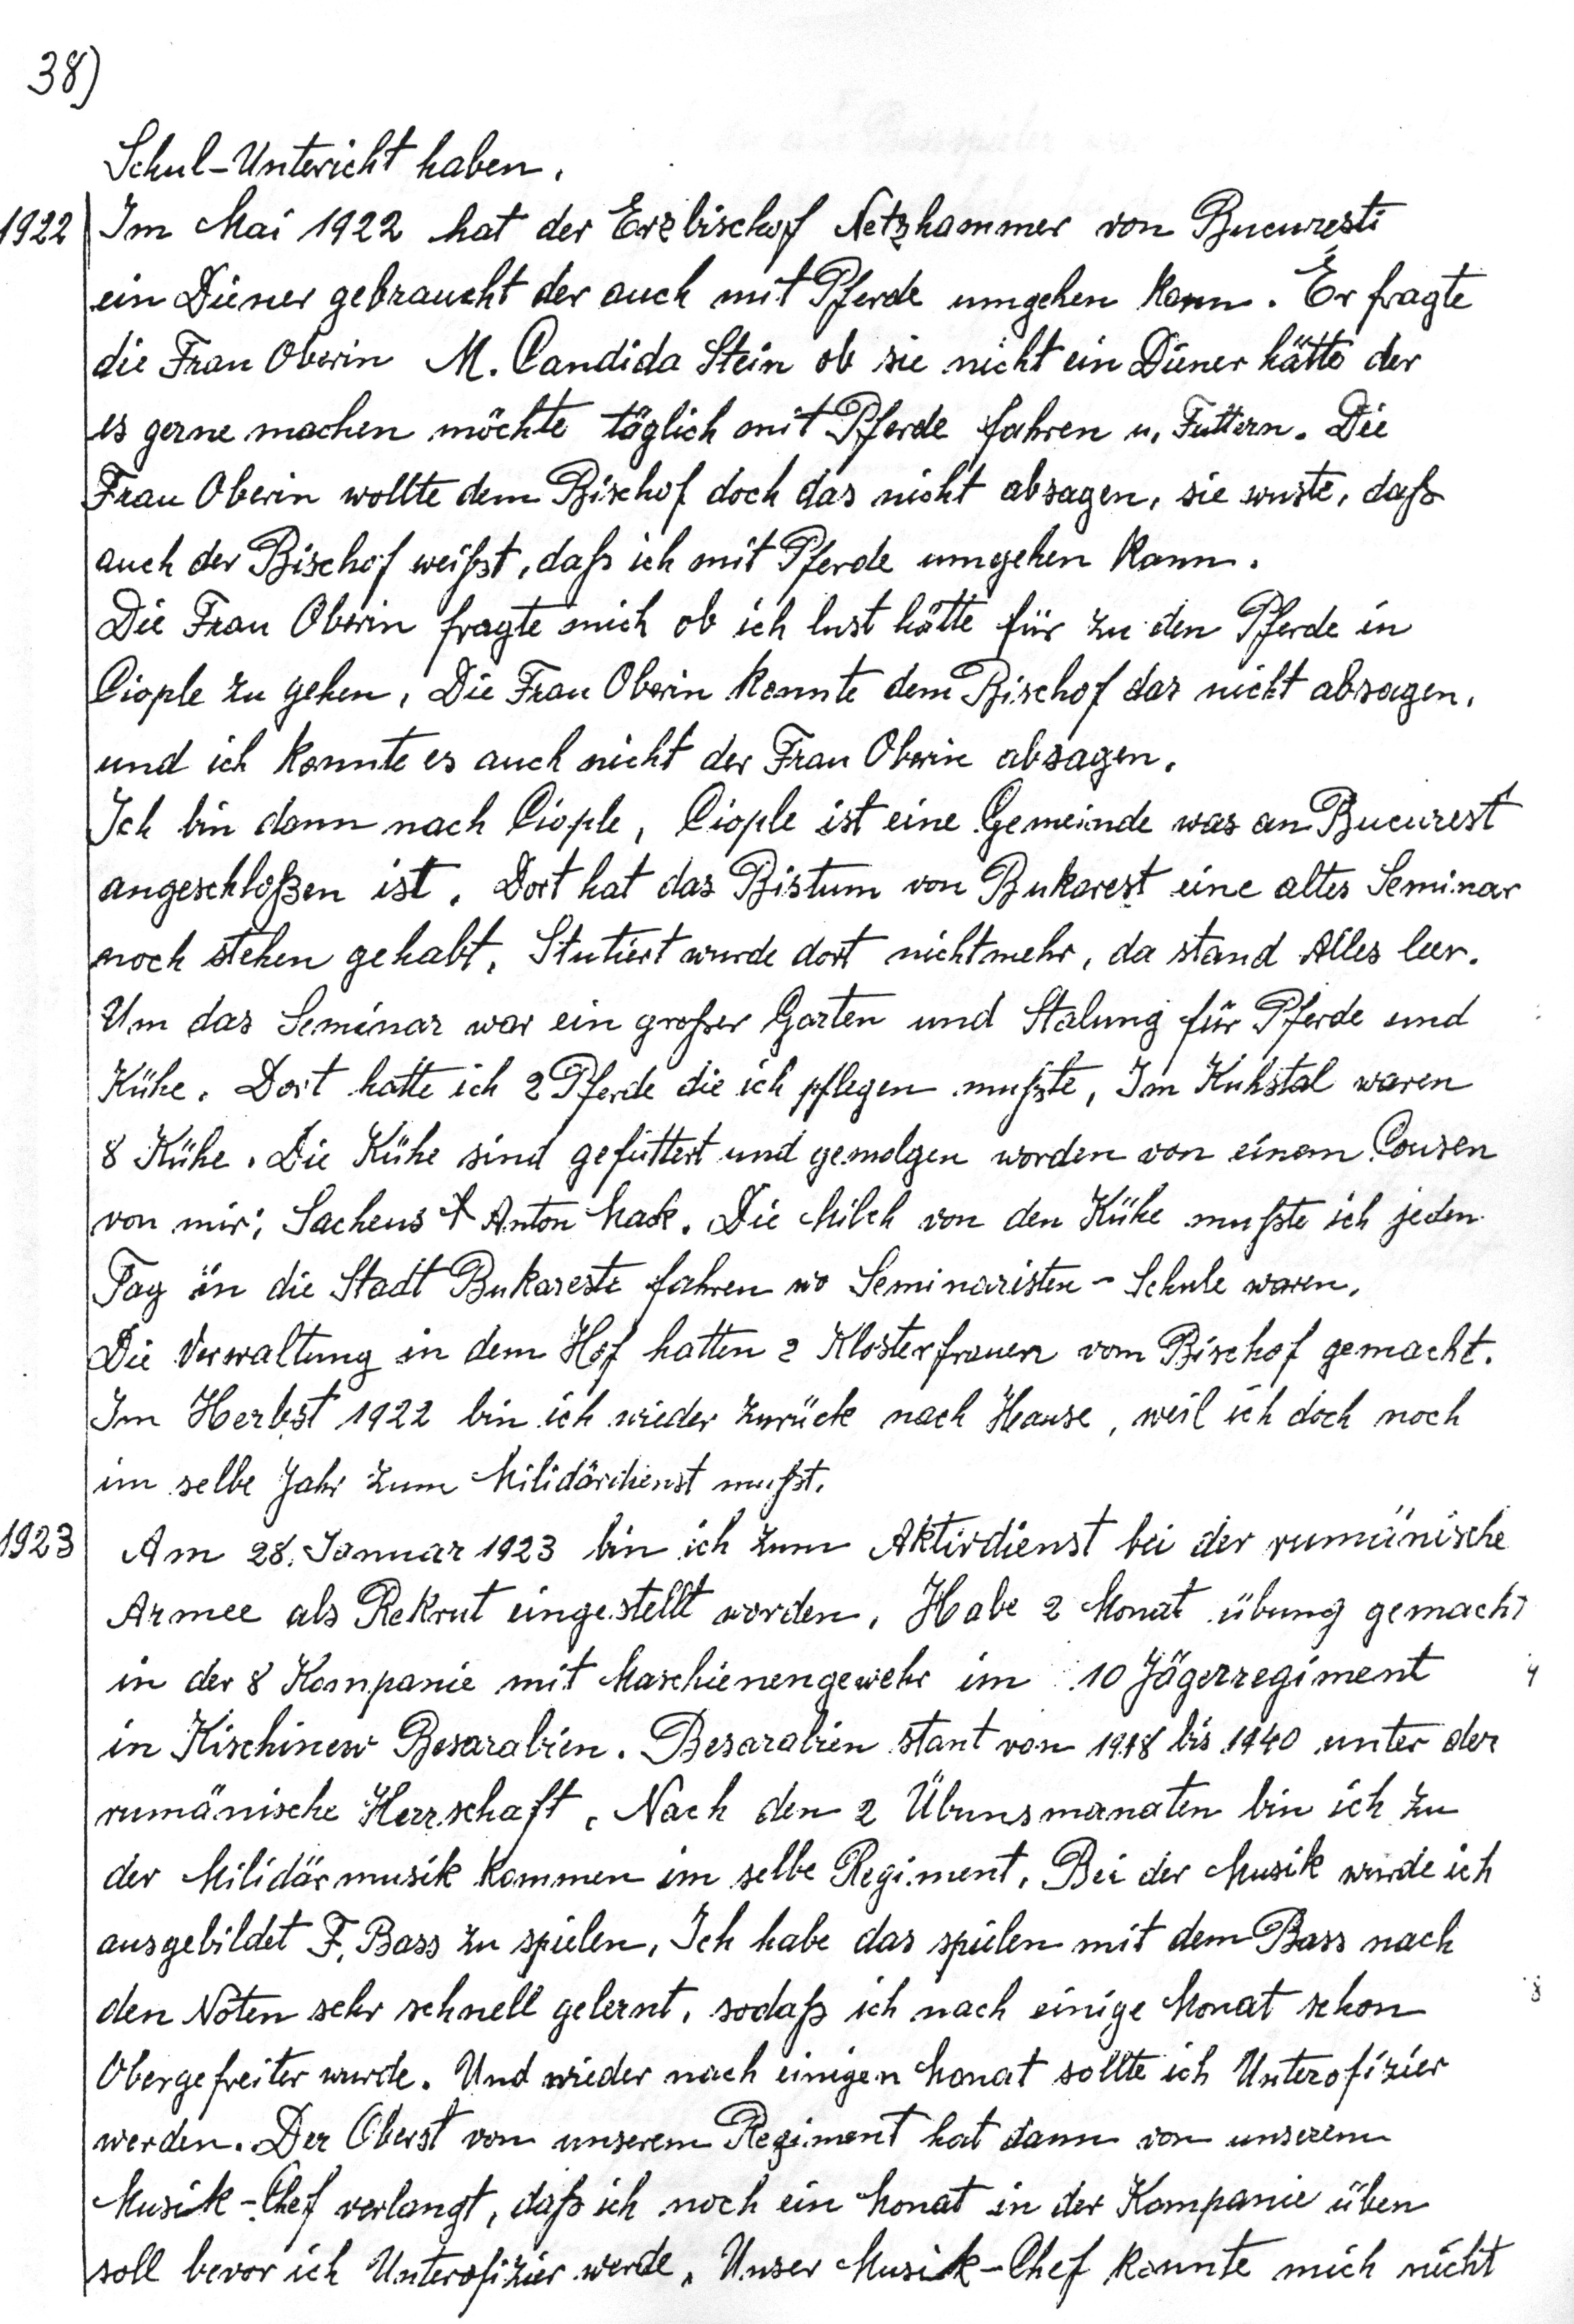
38
1958

Schul-Untericht haben.
Im Mai 1922 hat der Erzbischof Netzhammer von Bucuresti
ein Diener gebraucht der auch mit Pferde umgehen kann. Er fragte
die Frau Overin M. Candida Stein ob sie nicht ein Diener hätte der
es gerne machen möchte täglich mit Pferde fahren u. Futtern. Die
Frau Oberen wollte dem Bischof doch das nicht absagen, sie wuste, daß
auch der Bischof weißt, daß ich mit Pferde umgehen kann.
Die Frau Oberin fragte mich ob ich lust hätte für zu den Pferde in
Ciople zu gehen. Die Frau Oberin konnte dem Bischof das nicht absagen.
und ich konnte es auch nicht der Frau Oberin absagen
Ich bin dann nach Pisple, Ciople ist eine Gemeinde was an Bucurest
angeschloßen ist. Dort hat das Bistum von Bukarest eine altes Seminar
noch stehen gehabt. Stutiert wurde dort nichtmehr, da stand Alles leer.
Am das Semenar war ein großer Gorten und Stalung für Pferde und
Kühe. Dort hatte ich 2 Pferde die ich pflegen mußte. Im Kuhstal waren
8 Kühe. Die Kühe sind gefüttert und gemolgen worden von einem Pousen
von mir: Sachens H Anton Mack. Die Milch von den Kühe mußte ich jeden
Tag in die Stadt Bukareste fahren wo Seminaristen - Schule waren.
Die Verwaltung in dem Hof hatten 2 Klosterfrauen vom Bischof gemacht.
Im Herbst 1922 bin ich wieder zurück nach Hause, weil ich doch noch
im selbe Jahr zum Milidördienst mußt.
Am 28. Jonuar 1923 bin ich zum Aktirdienst bei der rumünische
Armee als Rekrut eingestellt worden. Habe 2 Monat übung gemacht
in der 8 Kompanie mit Maschienengewehr im 10 Jägerregiment
in Kischinew Besarabien. Besarabien stant von 1918 bis 1940 unter der
rumänische Herrschaft. Nach den 2 Übunsmanaten bin ich zu
der Milidärmusik kommen im selbe Regiment. Bei der Musik wurde ich
ausgebildet F. Bass zu spielen. Ich habe das spüelen mit dem Bass nach
den Noten sehr schnell gelernt, sodaß ich nach einige Monat schon
Obergefreiter wurde. Und wieder nach einigen Monat sollte ich Unterofixier
werden. Der Oberst von unserem Regement hat dann von unserem
Musik-Thef verlangt, daß ich noch ein Monat in der Kompanie üben
soll bevor ich Unterofizier werde. Unser Musick-Chef konnte mich nicht

4